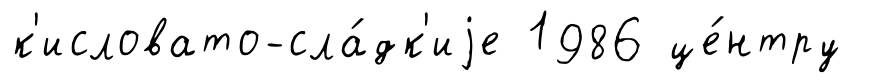
к'исловато-сла́дк'иjе 1986 це́нтру